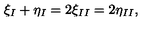
\xi _ { I } + \eta _ { I } = 2 \xi _ { I I } = 2 \eta _ { I I } ,